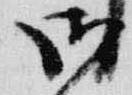
御